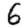
Digit: 6